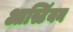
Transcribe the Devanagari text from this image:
आस्टिंयन